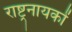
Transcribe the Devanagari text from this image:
राष्ट्रनायकों